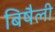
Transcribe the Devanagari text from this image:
बिषैली